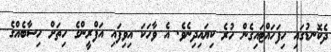
ދެކޮނޑުގައި ހިފަހައްޓައިގެން ހުރެ ކިޔައިދިނެވެ. އެ ވާހަކަ އިވިފައި އަފްރީންގެ ހިތަށް ހިސާބެއްގެ